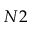
N 2